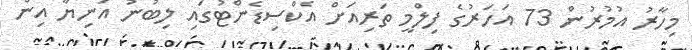
މިހާރު އުމުރުން 73 އަހަރުގެ ފިލްމީ ތަރިއަށް އެކްސިޑެންޓުގައި ލިބުނު އަނިޔާ އިން